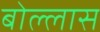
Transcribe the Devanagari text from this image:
बोल्लास